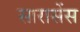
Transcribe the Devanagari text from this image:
सारासेंस